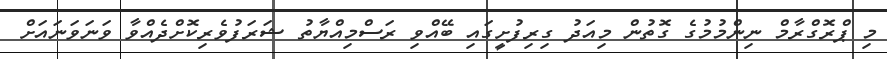
މި ޕްރޮގްރާމް ނިންމުމުގެ ގޮތުން މިއަދު ގިރިފުށީގައި ބޭއްވި ރަސްމިއްޔާތު ޝަރަފުވެރިކޮށްދެއްވާ ވަނަވަނައަށް